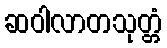
ဆဝါလာတသုတ္တံ